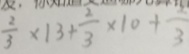
\frac { 2 } { 3 } \times 1 3 + \frac { 2 } { 3 } \times 1 0 + \frac { 2 } { 3 }